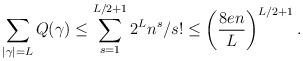
LaTeX: \begin{align*} \sum_{|\gamma|=L} Q(\gamma) \leq \sum_{s=1}^{L/2+1} 2^L n^s/s! \leq \left(\frac{8en}{L}\right)^{L/2+1}. \end{align*}